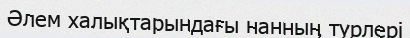
Әлем халықтарындағы нанның түрлері